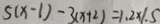
5 ( x - 1 ) - 3 ( x + 2 ) = 1 . 2 \times 1 . 5